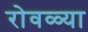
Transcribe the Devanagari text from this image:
रोवळ्या